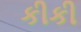
કીકી